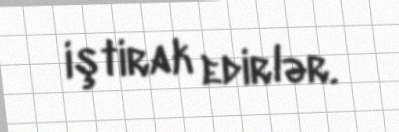
iştirak edirlər.